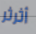
أثرثر